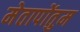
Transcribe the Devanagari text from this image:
मेतापोंतुम